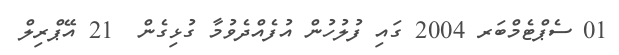
01 ސެޕްޓެމްބަރ 2004 ގައި ފުލުހުން އުފެއްދެވުމާ ގުޅިގެން  21 އޭޕްރިލް